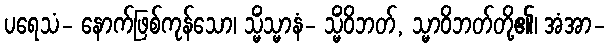
ပရေသံ- နောက်ဖြစ်ကုန်သော၊ သ္မိံသ္မာနံ- သ္မိံဝိဘတ်, သ္မာဝိဘတ်တို့၏၊ အံအာ-